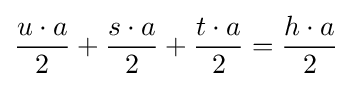
{\frac {u\cdot a}{2}}+{\frac {s\cdot a}{2}}+{\frac {t\cdot a}{2}}={\frac {h\cdot a}{2}}